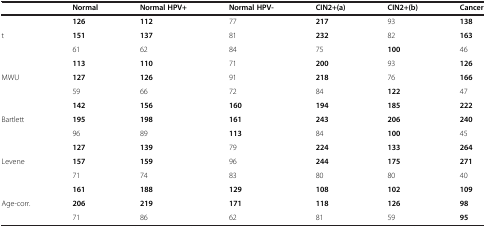
|  | Normal | Normal HPV+ | Normal HPV- | CIN2+(a) | CIN2+(b) | Cancer |
 | --- | --- | --- | --- | --- | --- | --- |
 | <ROWSPAN=3> t | 126 | 112 | 77 | 217 | 93 | 138 |
 | 151 | 137 | 81 | 232 | 82 | 163 |
 | 61 | 62 | 84 | 75 | 100 | 46 |
 | <ROWSPAN=3> MWU | 113 | 110 | 71 | 200 | 93 | 126 |
 | 127 | 126 | 91 | 218 | 76 | 166 |
 | 59 | 66 | 72 | 84 | 122 | 47 |
 | <ROWSPAN=3> Bartlett | 142 | 156 | 160 | 194 | 185 | 222 |
 | 195 | 198 | 161 | 243 | 206 | 240 |
 | 96 | 89 | 113 | 84 | 100 | 45 |
 | <ROWSPAN=3> Levene | 127 | 139 | 79 | 224 | 133 | 264 |
 | 157 | 159 | 96 | 244 | 175 | 271 |
 | 71 | 74 | 83 | 80 | 80 | 40 |
 | <ROWSPAN=2> Age-corr. | 161 | 188 | 129 | 108 | 102 | 109 |
 | 206 | 219 | 171 | 118 | 126 | 98 |
 |  | 71 | 86 | 62 | 81 | 59 | 95 |